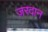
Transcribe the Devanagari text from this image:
ज़रदान